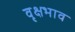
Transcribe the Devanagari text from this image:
वृक्षभाव